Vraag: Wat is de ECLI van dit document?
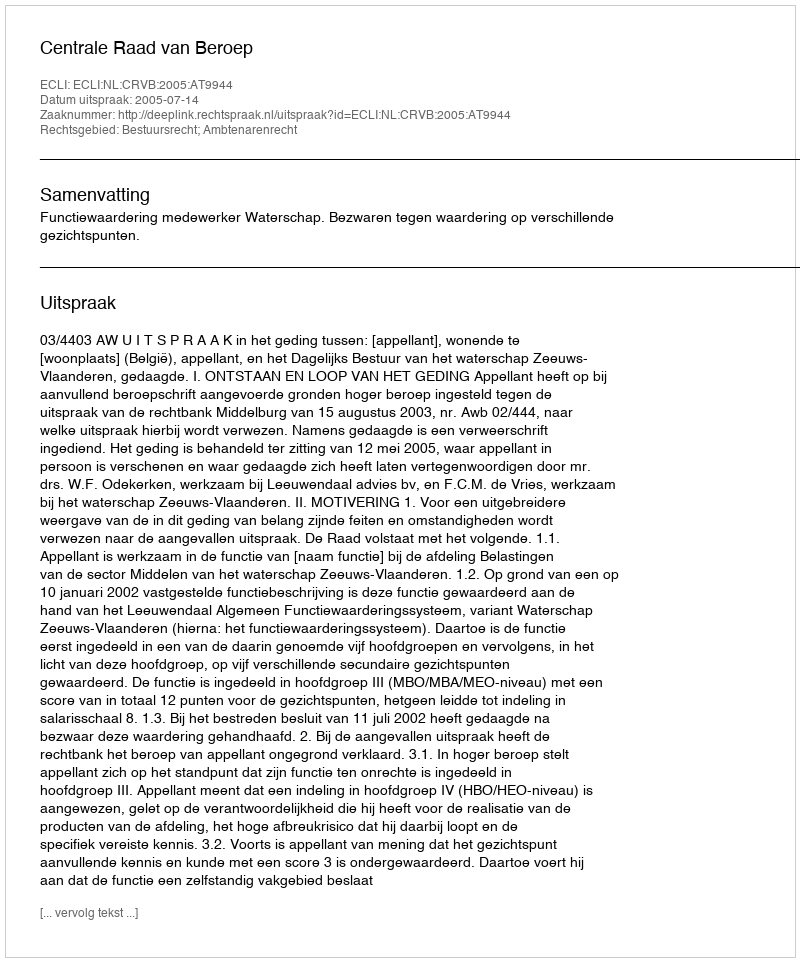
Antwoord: ECLI:NL:CRVB:2005:AT9944